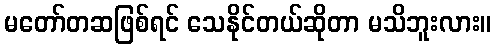
မတော်တဆဖြစ်ရင် သေနိုင်တယ်ဆိုတာ မသိဘူးလား။